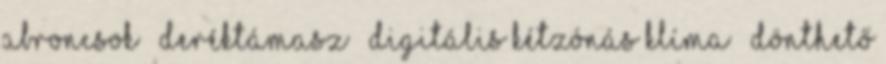
abroncsok – deréktámasz – digitális kétzónás klíma – dönthető